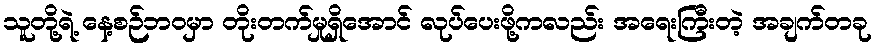
သူတို့ရဲ့ နေ့စဉ်ဘဝမှာ တိုးတက်မှုရှိအောင် လုပ်ပေးဖို့ကလည်း အရေးကြီးတဲ့ အချက်တခု